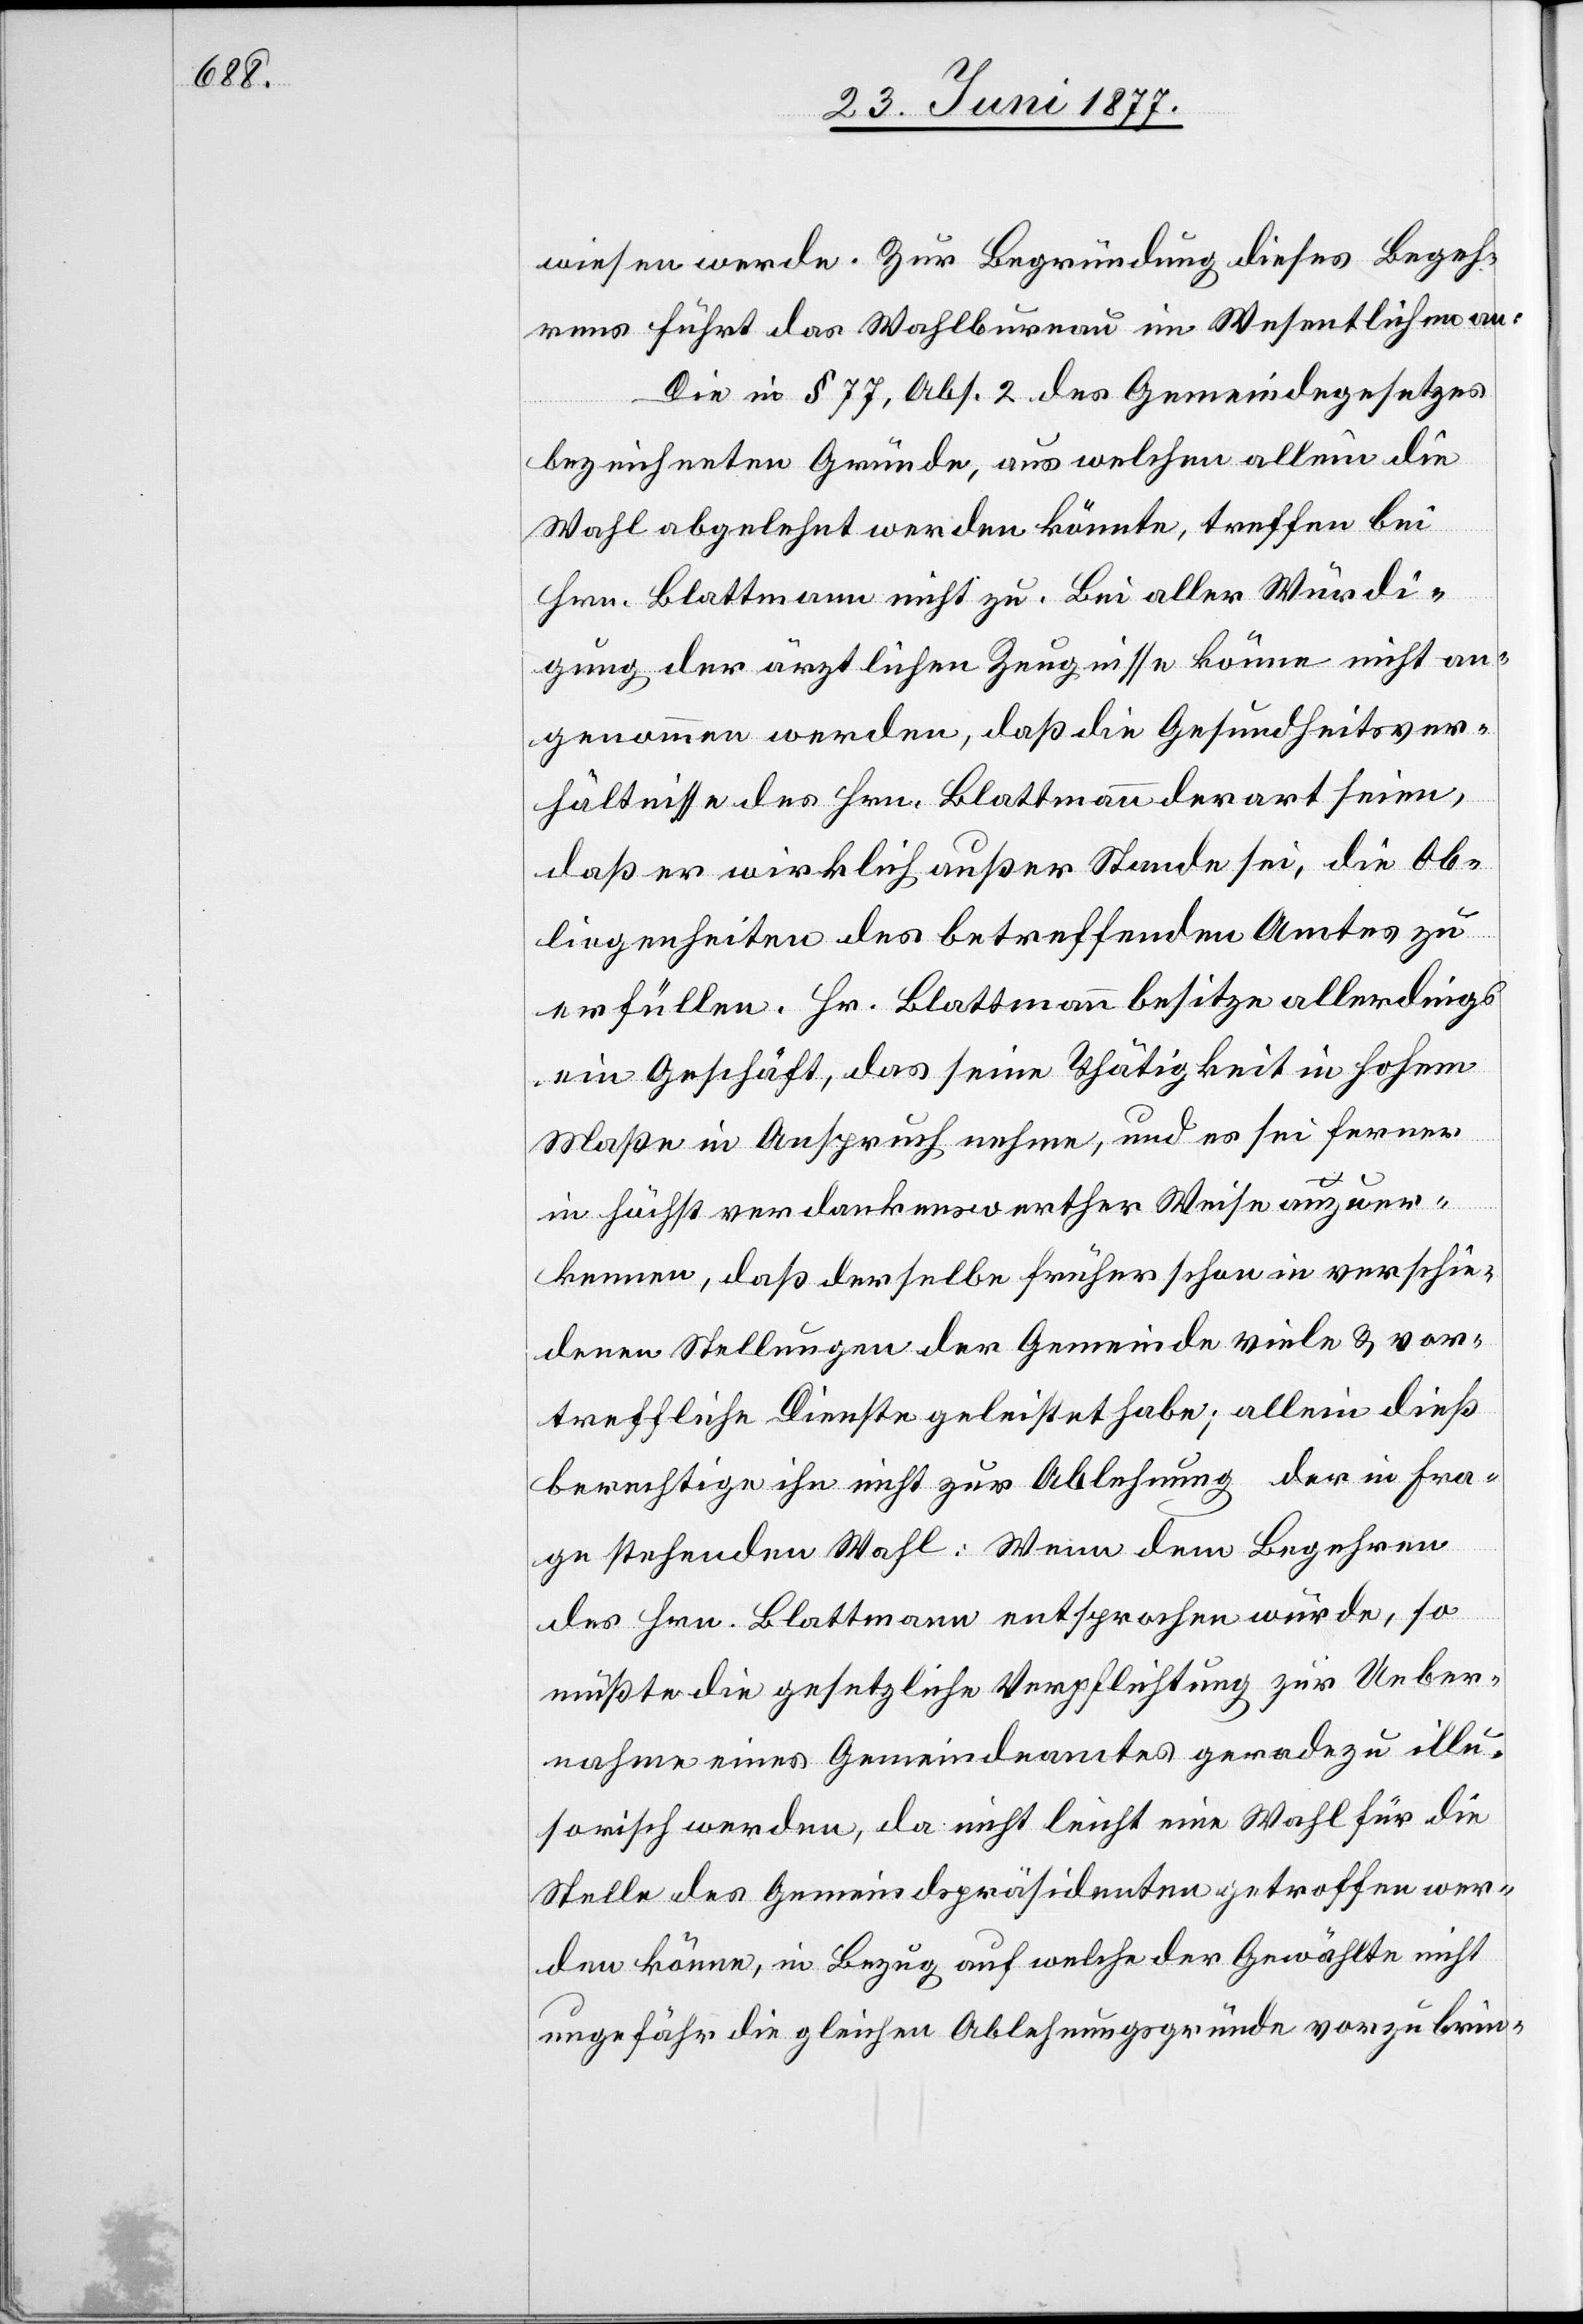
Ob¬

wiesen werde. Zur Begründung dieses Begeh¬
rens führt das Wahlbureau im Wesentlichen an:
Die in § 77, Abs. 2 des Gemeindegesetzes
bezeichneten Gründe, aus welchen allein die
Wahl abgelehnt werden könnte, treffend bei
Hrn. Blattmann nicht zu. Bei aller Würdi¬
gung der ärztlichen Zeugnisse könne nicht an¬
genommen werden, daß er wirklich außer
liegenheiten des betreffenden Amtes zu
erfüllen. Hr. Blattmann besitze allerdings
ein Geschäft, das seine Thätigkeit in hohem
Maße in Anspruch nehme, und es sei ferner
in höchst verdankenswerther Weise anzuer¬
kennen, daß derselbe früher schon in verschie¬
denen Stellungen der Gemeinde viele & vor¬
treffliche Dienste geleistet habe; allein dieß
berechtige ihn nicht zur Ablehnung der in Fra¬
ge stehenden Wahl: Wenn dem Begehren
des Hrn. Blattmann entsprochen würde, so
müßte die gesetzliche Verpflichtung zur Ueber¬
nahme eines Gemeindeamtes geradezu illu¬
sorisch werden, da nicht leicht eine Wahl für die
Stelle des Gemeindepräsidenten getroffen wer¬
den könne, in Bezug auf welche der Gewählte nicht
ungefähr die gleichen Ablehnungsgründe vorzubrin-